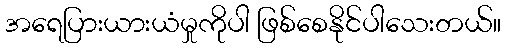
အရေပြားယားယံမှုကိုပါ ဖြစ်စေနိုင်ပါသေးတယ်။